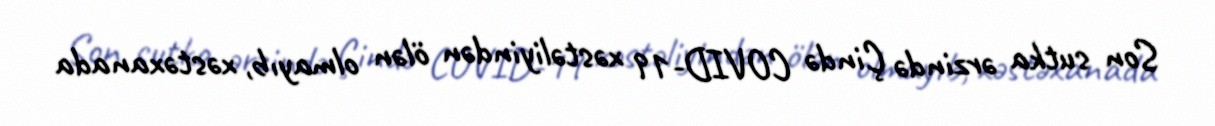
Son sutka ərzində Çində COVID-19 xəstəliyindən ölən olmayıb, xəstəxanada